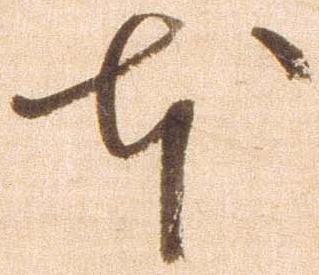
本